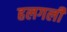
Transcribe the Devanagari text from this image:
हलगली